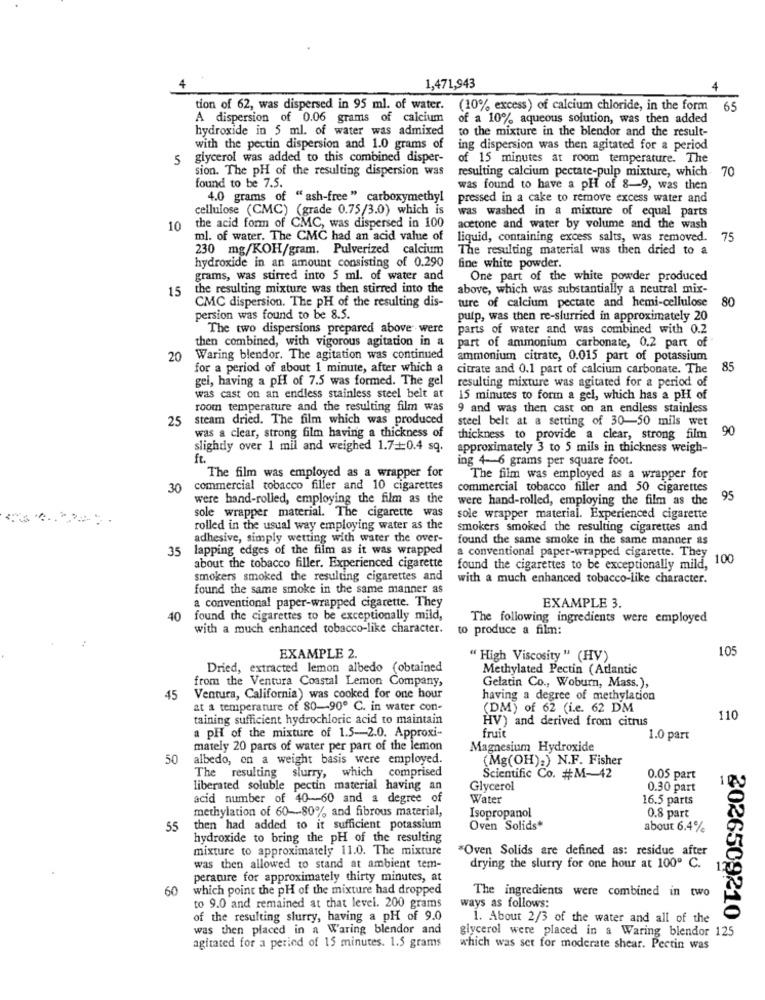
4
1,471,943
4
tion of 62, was dispersed in 95 ml. of water. (10% excess) of calcium chloride, in the form
65
A dispersion of 0.06 grams of calcium
of a 10% aqueous solution, was then added
hydroxide in 5 ml. of water was admixed
to the mixture in the blendor and the result-
with the pectin dispersion and 1.0 grams of
ing dispersion was then agitated for a period
5
glycerol was added to this combined disper-
of 15 minutes at room temperature. The
sion. The pH of the resulting dispersion was
resulting calcium pectate-pulp mixture, which
70
found to be 7.5.
was found to have a pH of 8-9, was then
4.0 grams of "ash-free " carboxymethyl
pressed in a cake to remove excess water and
cellulose (CMC) (grade 0.75/3.0) which is
was washed in a mixture of equal parts
10
the acid form of CMC, was dispersed in 100
acetone and water by volume and the wash
ml. of water. The CMC had an acid value of
liquid, containing excess salts, was removed.
75
230 mg/KOH/gram. Pulverized calcium
The resulting material was then dried to a
hydroxide in an amount consisting of 0.290
fine white powder.
grams, was stirred into 5 ml. of water and
One part of the white powder produced
15
the resulting mixture was then stirred into the
above, which was substantially a neutral mix-
CMC dispersion. The pH of the resulting dis-
ture of calcium pectate and hemi-cellulose
80
persion was found to be 8.5.
putp, was then re-slurried in approximately 20
The two dispersions prepared above were
parts of water and was combined with 0.2
then combined, with vigorous agitation in a
part of ammonium carbonate, 0.2 part of
20
Waring blendor. The agitation was continued
ammonium citrate, 0.015 part of potassium
for a period of about 1 minute, after which a
citrate and 0.1 part of calcium carbonate. The
85
gel, having a pH of 7.5 was formed. The gel
resulting mixture was agitated for a period of
was cast on an endless stainless steel belt at
15 minutes to form a gel, which has a pH of
room temperature and the resulting film was
9 and was then cast on an endless stainless
25
steam dried. The film which was produced
steel belt at a setting of 30-50 mils wet
90
was a clear, strong film having a thickness of
thickness to provide a clear, strong film
slightly over 1 mil and weighed 1.7+0.4 sq.
approximately 3 to 5 mils in thickness weigh-
ft.
ing 4-6 grams per square foot.
The film was employed as a wrapper for
The film was employed as a wrapper for
30
commercial tobacco filler and 10 cigarettes
commercial tobacco filler and 50 cigarettes
were hand-rolled, employing the film as the
were hand-rolled, employing the film as the
95
sole wrapper material. The cigarette was
sole wrapper material. Experienced cigarette
rolled in the usual way employing water as the
smokers smoked the resulting cigarettes and
adhesive, simply wetting with water the over-
found the same smoke in the same manner as
35
lapping edges of the film as it was wrapped
a conventional paper-wrapped cigarette. They
about the tobacco filler. Experienced cigarette
found the cigarettes to be exceptionally mild, 100
smokers smoked the resulting cigarettes and
with a much enhanced tobacco-like character.
found the same smoke in the same manner as
a conventional paper-wrapped cigarette. They
EXAMPLE 3.
40
found the cigarettes to be exceptionally mild,
The following ingredients were employed
with a much enhanced tobacco-like character.
to produce a film:
105
EXAMPLE 2.
" High Viscosity " (HV)
Dried, extracted lemon albedo (obtained
Methylated Pectin (Atlantic
from the Ventura Coastal Lemon Company,
Gelatin Co ., Woburn, Mass.),
45
Ventura, California) was cooked for one hour
having a degree of methylation
at a temperature of 80 -- 90º C. in water con-
(DM) of 62 (i.e. 62 DM
taining sufficient hydrochloric acid to maintain
HV) and derived from citrus
110
a pH of the mixture of 1.5-2.0. Approxi-
fruit
1.0 part
mately 20 parts of water per part of the lemon
Magnesium Hydroxide
50
albedo, on a weight basis were employed.
(Mg(OH).) N.F. Fisher
The resulting slurry, which comprised
Scientific Co. #M-42
0.05 part
liberated soluble pectin material having an
Glycerol
0.30 part
acid number of 40-60 and a degree of
Water
16.5 parts
methylation of 60-80% and fibrous material,
Isopropanol
0.8 part
55
then had added to it sufficient potassium
Oven Solids*
about 6.4%
hydroxide to bring the pH of the resulting
mixture to approximately 11.0. The mixture
"Oven Solids are defined as: residue after
was then allowed to stand at ambient tem-
drying the slurry for one hour at 100º C.
perature for approximately thirty minutes, at
60
which point the pH of the mixture had dropped
The ingredients were combined in two
to 9.0 and remained at that level. 200 grams
ways as follows:
of the resulting slurry, having a pH of 9.0
1. About 2/3 of the water and all of the
was then placed in a Waring blendor and
glycerol were placed in a Waring blendor 125
2026509210 3
agitated for a period of 15 minutes. 1.5 grams
which was set for moderate shear. Pectin was